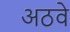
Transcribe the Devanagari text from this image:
अठवे